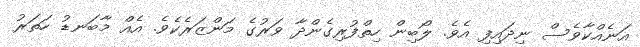
އަނެއްކާވެސް ނިދައިފި އެވެ. ލޯބިން ހިތްފުރިގެންދާ ވަރުގެ މަންޒަރެކެވެ. އެއް މާބަނޑު ހަތަރު